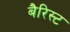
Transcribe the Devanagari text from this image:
बैरिस्ट